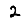
Digit: 2